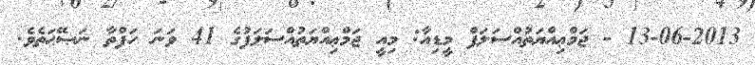
13-06-2013 - ޖަމްޢިއްޔަތުއްސަލަފް މީޑިއާ: މިއީ ޖަމްޢިއްޔަތުއްސަލަފުގެ 41 ވަނަ ހަފްތާ ނަޞޭޙަތެވެ.